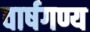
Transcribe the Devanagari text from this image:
वार्षगण्य